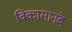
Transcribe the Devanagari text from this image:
विकासानंद